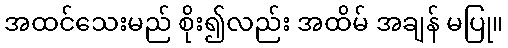
အထင်သေးမည် စိုး၍လည်း အထိမ် အချန် မပြု။